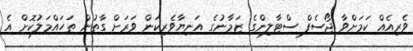
ވެރިއެއް ކަމަށްވާ ޖޯސެފް ސްޓާލިންގެ ޒަމާނުގެ އަނިޔާވެރިކަން ވަރަށް ގާތުން ތަހައްމަލުކޮށް އެ